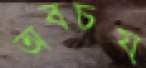
অবচয়